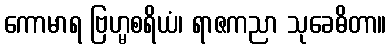
ကောမာရ ဗြဟ္မစရိယံ၊ ရာဇကညာ သုခေဓိတာ။